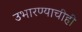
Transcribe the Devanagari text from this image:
उभारण्याचीही